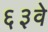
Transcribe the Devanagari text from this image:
६३वे